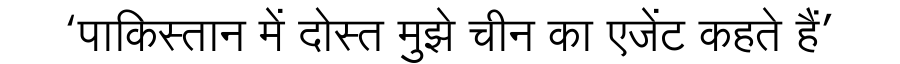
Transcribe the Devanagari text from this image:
‘पाकिस्तान में दोस्त मुझे चीन का एजेंट कहते हैं’